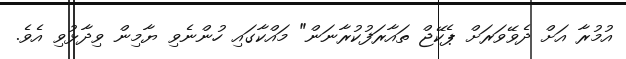
އުމުރާ އަށް ދެވޭވަރަށް ޕެކޭޖް ތައާރަފުކުރާނަން" މައްކާގައި ހުންނެވި ޔާމިން ވިދާޅުވި އެވެ.